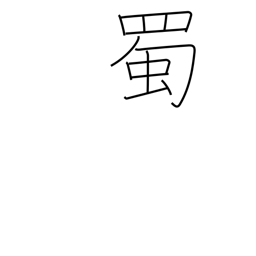
Meaning: green caterpillar